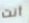
أنت